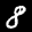
Label: 8